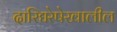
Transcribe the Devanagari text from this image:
दारिद्यरेषेखालील